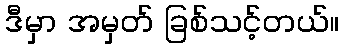
ဒီမှာ အမှတ် ခြစ်သင့်တယ်။